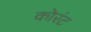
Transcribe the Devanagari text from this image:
कोरंट